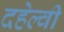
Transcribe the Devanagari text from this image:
दहेल्‍वी